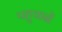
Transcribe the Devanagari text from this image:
पहुचानें